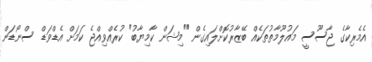
އެމެރިކާގެ ޖާސޫސީ މައުލޫމާތުތަކެއް ބޭޒާރުކޮށްލައިގެން "މިޝަން ކާމިޔާބު" ކުރެއްވިއްޖެ ކަމަށް އެޑްވަޑް ސްނޯޑަން